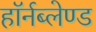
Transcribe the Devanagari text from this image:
हॉर्नब्लेण्ड